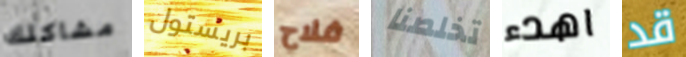
مشاكلك بريستول فلاح تخلصنا اهدء قد